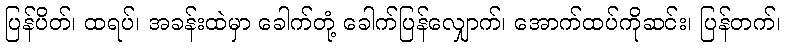
ပြန်ပိတ်၊ ထရပ်၊ အခန်းထဲမှာ ခေါက်တုံ့ ခေါက်ပြန်လျှောက်၊ အောက်ထပ်ကိုဆင်း၊ ပြန်တက်၊